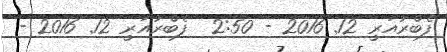
ފެބްރުއަރީ 12